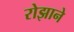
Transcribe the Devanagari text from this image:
रोझाने